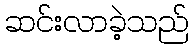
ဆင်းလာခဲ့သည်